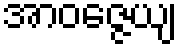
အာဝဇ္ဇေယျ